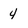
Character: 4